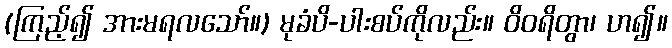
(ကြည့်၍ အားမရလသော်။) မုခံပိ-ပါးစပ်ကိုလည်း။ ဝိဝရိတွာ၊ ဟ၍။